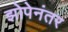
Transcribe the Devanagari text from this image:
झोपेनंतर